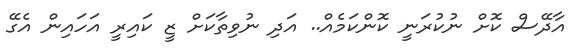
އާދޭސް ކޮށް ނުކުރަނީ ކޮންކަމެއް.. އަދި ނުވިތާކަށް ޒީ ކައިރީ އަހައިން އެގޭ